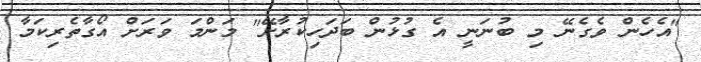
"އެހެން ވެގެނޭ މި ބުނަނީ އެ ގުޅުން ބަދަހިކުރާށޭ" މަންމަ ވަރަށް އޯގާތެރިކަމާ